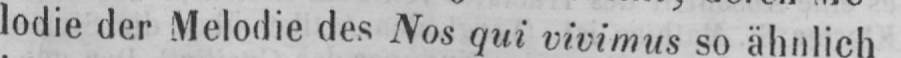
lodie der Melodie des Nos qui vivimus so ähnlich